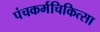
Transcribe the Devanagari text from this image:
पंचकर्मचिकित्सा